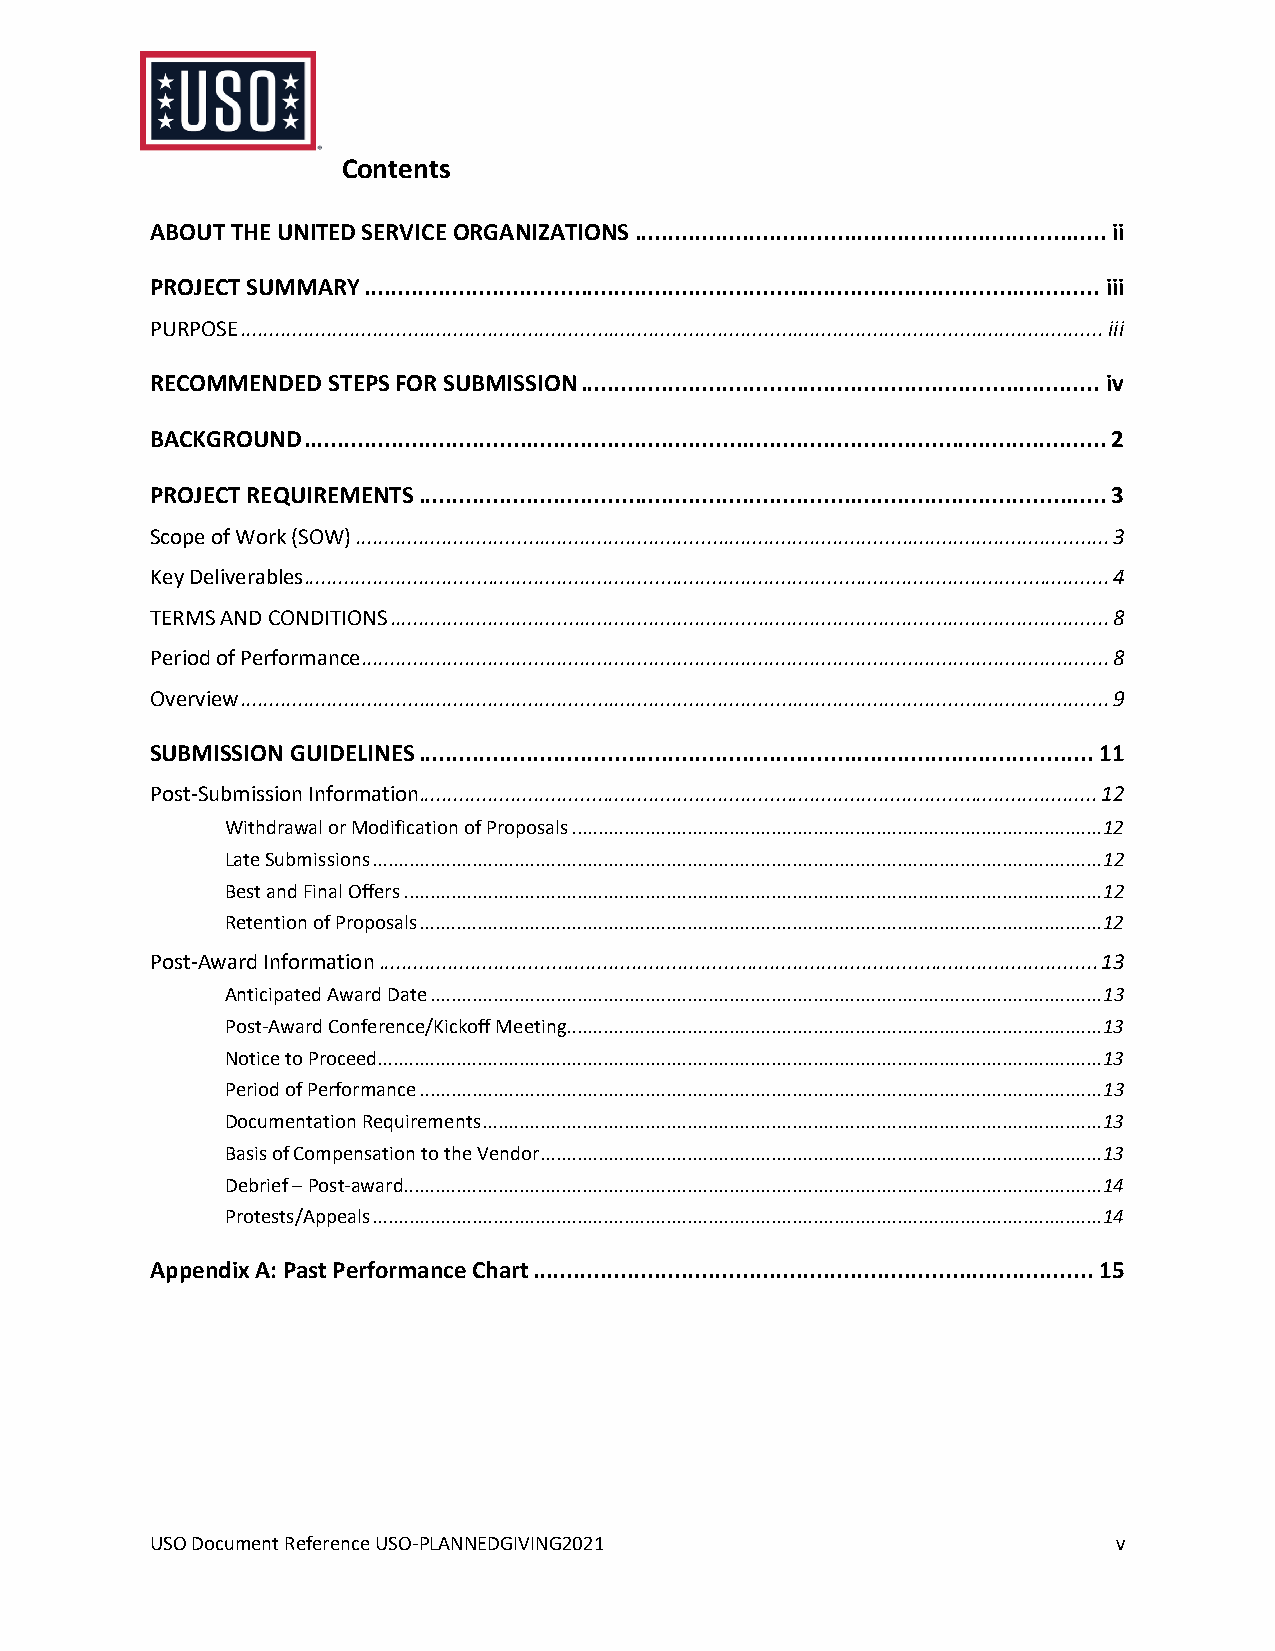
Contents
 ABOUT THE UNITED SERVICE ORGANIZATIONS ...................................................................... ii
 PROJECT SUMMARY ............................................................................................................. iii
 PURPOSE ...................................................................................................................................................... iii
 RECOMMENDED STEPS FOR SUBMISSION ............................................................................. iv
 BACKGROUND ....................................................................................................................... 2
 PROJECT REQUIREMENTS ...................................................................................................... 3
 Scope of Work (SOW) ................................................................................................................................... 3
 Key Deliverables ............................................................................................................................................ 4
 TERMS AND CONDITIONS ............................................................................................................................. 8
 Period of Performance .................................................................................................................................. 8
 Overview ....................................................................................................................................................... 9
 SUBMISSION GUIDELINES .................................................................................................... 11
 Post-Submission Information ...................................................................................................................... 12
 Withdrawal or Modification of Proposals ..................................................................................................... 12
 Late Submissions ........................................................................................................................................... 12
 Best and Final Offers ..................................................................................................................................... 12
 Retention of Proposals .................................................................................................................................. 12
 Post-Award Information ............................................................................................................................. 13
 Anticipated Award Date ................................................................................................................................ 13
 Post-Award Conference/Kickoff Meeting...................................................................................................... 13
 Notice to Proceed .......................................................................................................................................... 13
 Period of Performance .................................................................................................................................. 13
 Documentation Requirements ...................................................................................................................... 13
 Basis of Compensation to the Vendor ........................................................................................................... 13
 Debrief – Post-award ..................................................................................................................................... 14
 Protests/Appeals ........................................................................................................................................... 14
 Appendix A: Past Performance Chart ................................................................................... 15
 USO Document Reference USO-PLANNEDGIVING2021                    v